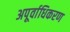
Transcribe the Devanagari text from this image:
अपूर्वाधिकरण